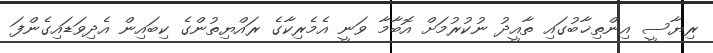
ރިޔާސީ އިންތިޚާބުގައި ތާއީދު ނުކުރުމަށް އޮބާމާ ވަނީ އެމެރިކާގެ ރައްޔިތުންގެ ކިބައިން އެދިވަޑައިގެންފަ